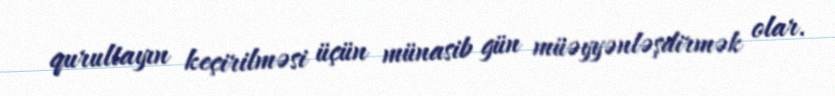
qurultayın keçirilməsi üçün münasib gün müəyyənləşdirmək olar.